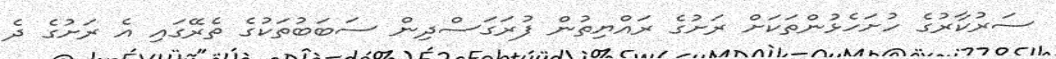
ސަރުކާރުގެ ހުށަހެޅުންތަކަށް ރަށުގެ ރައްޔިތުން ފުރަގަސްދިން ސަބަބުތަކުގެ ތެރޭގައި އެ ރަށުގެ ދެ